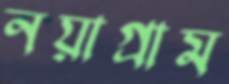
নয়াগ্রাম